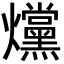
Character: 爣